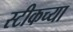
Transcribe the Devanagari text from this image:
स्टीकच्या